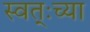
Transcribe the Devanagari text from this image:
स्वत्ःच्या